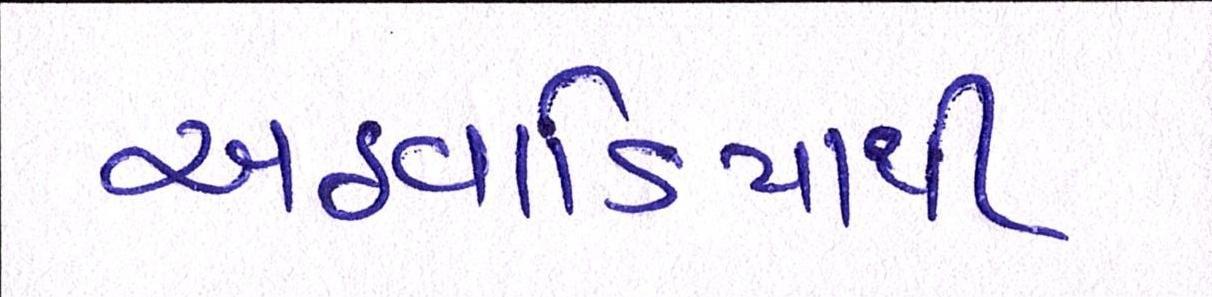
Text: અઠવાડિયાથી